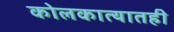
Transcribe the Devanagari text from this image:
कोलकात्यातही